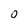
Character: 0